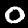
Label: 0